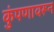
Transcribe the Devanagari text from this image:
कुंपणावरून